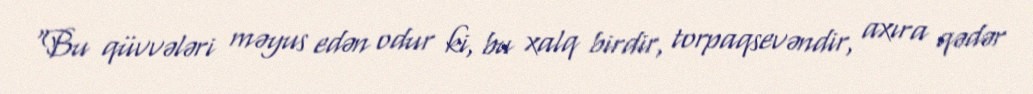
“Bu qüvvələri məyus edən odur ki, bu xalq birdir, torpaqsevəndir, axıra qədər